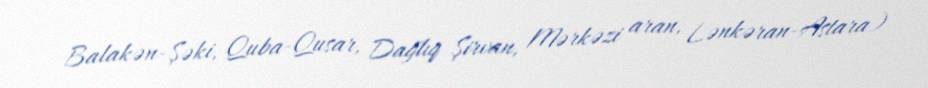
Balakən-Şəki, Quba-Qusar, Dağlıq Şirvan, Mərkəzi aran, Lənkəran-Astara)